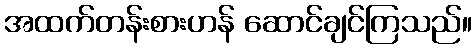
အထက်တန်းစားဟန် ဆောင်ချင်ကြသည်။